Source: Handwritten
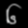
Digit: ၆ (6)